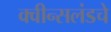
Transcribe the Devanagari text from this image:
क्वीन्सलंडचे